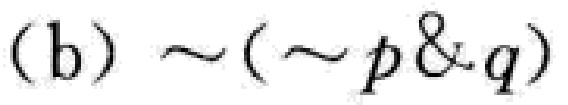
(b) $\sim(\sim p \& q)$